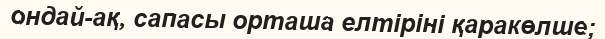
ондай-ақ, сапасы орташа елтіріні қаракөлше;